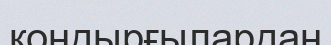
қондырғылардан